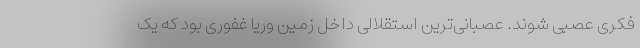
فکری عصبی شوند. عصبانی‌ترین استقلالی داخل زمین وریا غفوری بود که یک